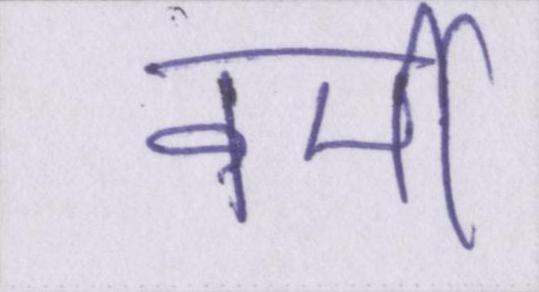
वर्मी